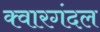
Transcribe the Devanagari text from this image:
क्वारगंदल